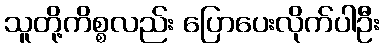
သူတို့ကိစ္စလည်း ပြောပေးလိုက်ပါဦး